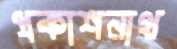
প্রকাশনাথ